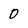
Character: 0